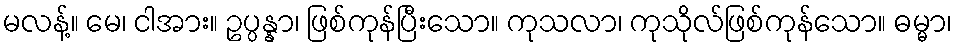
မလန့်။ မေ၊ ငါအား။ ဥပ္ပန္နာ၊ ဖြစ်ကုန်ပြီးသော။ ကုသလာ၊ ကုသိုလ်ဖြစ်ကုန်သော။ ဓမ္မာ၊